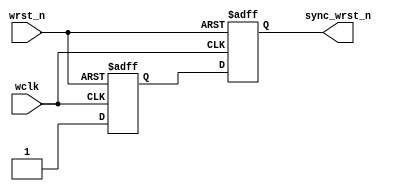
module WRST_SYNC(
input             wclk,         //write clock
input             wrst_n,       //async reset input
output   reg      sync_wrst_n   //sync reset output
);

reg        rst_d1;

always @(posedge wclk or negedge wrst_n)
	if(wrst_n == 1'b0)
		begin
  			rst_d1 <= 1'b0;
			sync_wrst_n <= 1'b0;
		end
	else
		begin
			rst_d1 <= 1'b1;
			sync_wrst_n <= rst_d1;
		end

endmodule